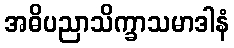
အဓိပညာသိက္ခာသမာဒါနံ